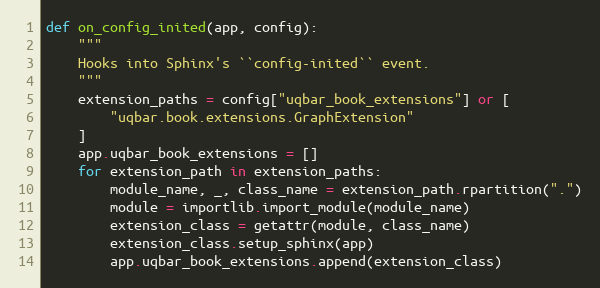
Language: Python
def on_config_inited(app, config):
    """
    Hooks into Sphinx's ``config-inited`` event.
    """
    extension_paths = config["uqbar_book_extensions"] or [
        "uqbar.book.extensions.GraphExtension"
    ]
    app.uqbar_book_extensions = []
    for extension_path in extension_paths:
        module_name, _, class_name = extension_path.rpartition(".")
        module = importlib.import_module(module_name)
        extension_class = getattr(module, class_name)
        extension_class.setup_sphinx(app)
        app.uqbar_book_extensions.append(extension_class)